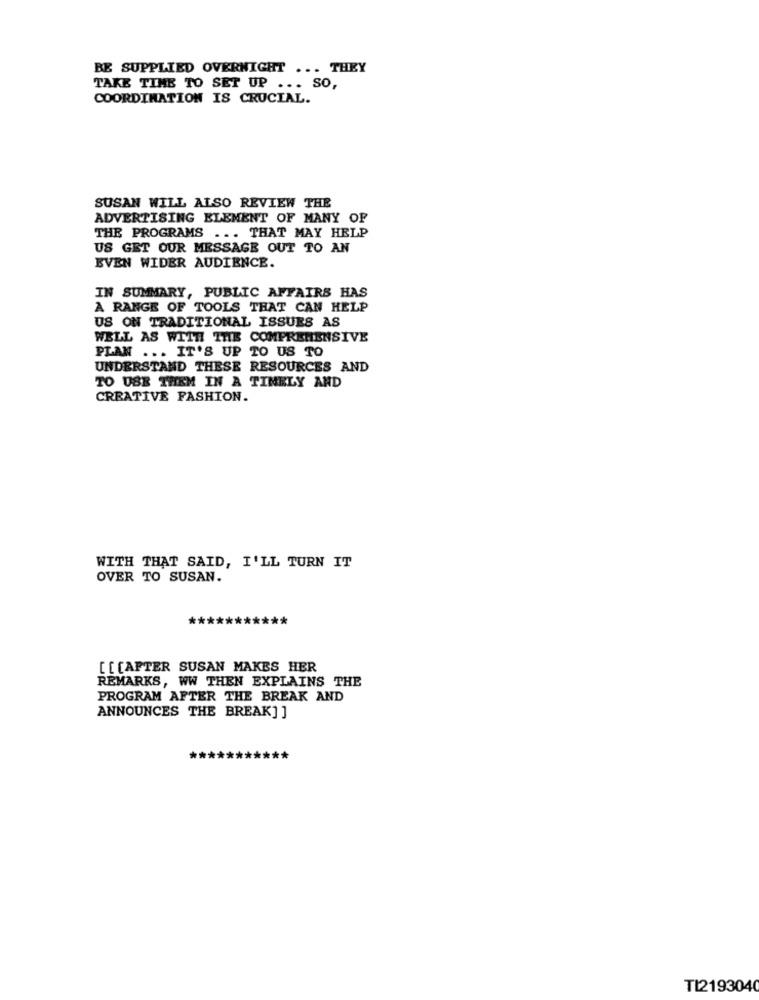
BE SUPPLIED OVERNIGHT ... THEY
TAKE TIME TO SET UP ... SO,
COORDINATION IS CRUCIAL.
SUSAN WILL ALSO REVIEW THE
ADVERTISING ELEMENT OF MANY OF
THE PROGRAMS ... THAT MAY HELP
US GET OUR MESSAGE OUT TO AN
EVEN WIDER AUDIENCE.
IN SUMMARY, PUBLIC AFFAIRS HAS
A RANGE OF TOOLS THAT CAN HELP
US ON TRADITIONAL ISSUES AS
WELL AS WITH THE COMPREHENSIVE
PLAN ... IT'S UP TO US TO
UNDERSTAND THESE RESOURCES AND
TO USE THEM IN A TIMELY AND
CREATIVE FASHION.
WITH THAT SAID, I'LL TURN IT
OVER TO SUSAN.
**
[[CAFTER SUSAN MAKES HER
REMARKS, WW THEN EXPLAINS THE
PROGRAM AFTER THE BREAK AND
ANNOUNCES THE BREAK] ]
TI2193040